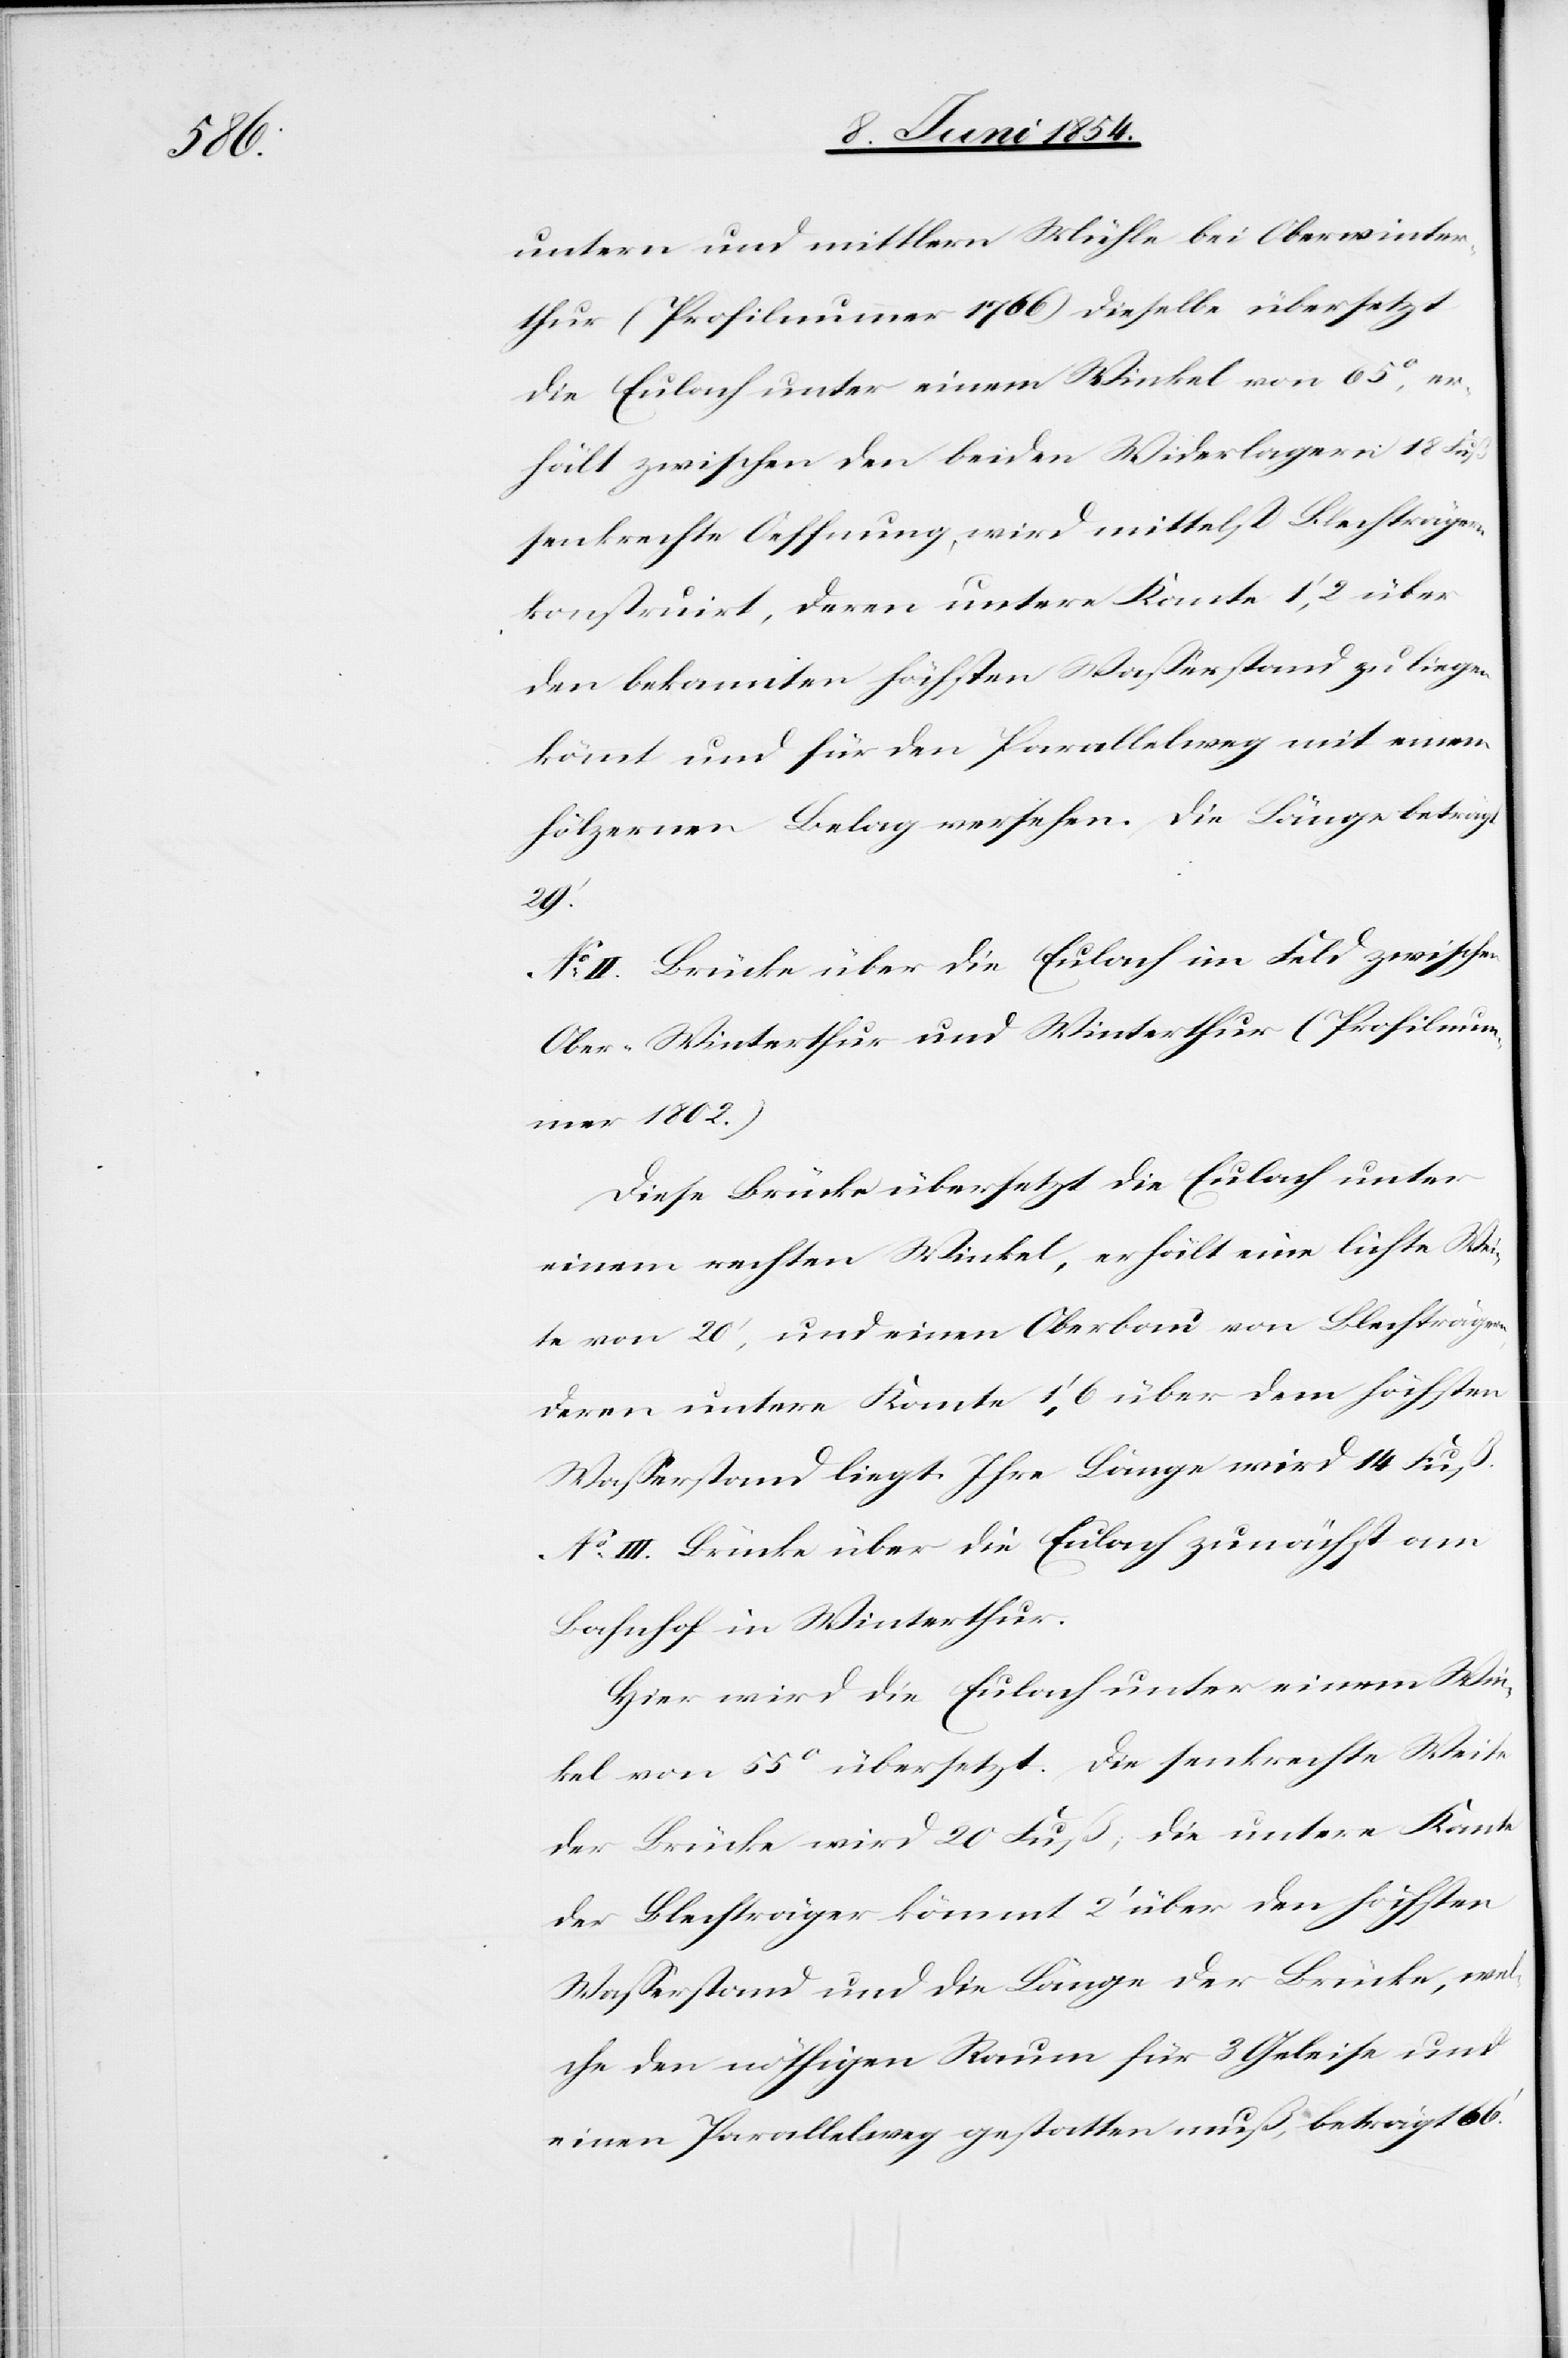
untern und mittlern Mühle bei Oberwinter¬
thur (Profilnummer 176) dieselbe übersetzt
die Eulach unter einem Winkel von 65°, er¬
hält zwischen den beiden Widerlagern 18 Fuß
senkrechte Oeffnung, wird mittelst Blechträgern
konstruirt, deren untere Kante 1‘,2 über
den bekannten höchsten Waßerstand zu liegen
kömmt und für den Parallelweg mit einem
hölzernen Belag versehen. Die Länge beträgt
29‘.
No II. Brücke über die Eulach im Feld zwischen
Ober-Winterthur und Winterthur (Profilnum¬
mer 1802.)
Diese Brücke übersetzt die Eulach unter
einem rechten Winkel, erhält eine lichte Wei¬
te von 20‘, und einen Oberbau von Blechträgern,
deren untere Kante 1‘,6 über dem höchsten
Waßerstand liegt. Ihre Länge wird 14 Fuß.
No III. Brücke über die Eulach zunächst am
Bahnhof in Winterthur.
Hier wird die Eulach unter einem Win¬
kel von 55° übersetzt. Die senkrechte Weise
der Brücke wird 20 Fuß; die untere Kante
der Blechträger kömmt 2‘ über den höchsten
Waßerstand und die Länge der Brücke, wel¬
che den nöthigen Raum für 2 Geleise und
einen Parallelweg gestatten muß, beträgt 66‘.